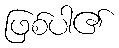
ဖြစ်ပါ၏